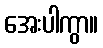
အေးပါကွာ။